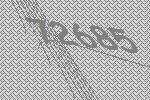
72685